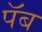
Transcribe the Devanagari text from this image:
पॅब